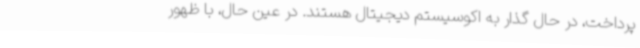
پرداخت، در حال گذار به اکوسیستم دیجیتال هستند. در عین حال، با ظهور